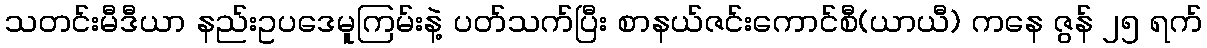
သတင်းမီဒီယာ နည်းဥပဒေမူကြမ်းနဲ့ ပတ်သက်ပြီး စာနယ်ဇင်းကောင်စီ(ယာယီ) ကနေ ဇွန် ၂၅ ရက်